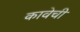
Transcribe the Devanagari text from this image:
कावेची